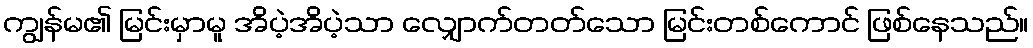
ကျွန်မ၏ မြင်းမှာမူ အိပဲ့အိပဲ့သာ လျှောက်တတ်သော မြင်းတစ်ကောင် ဖြစ်နေသည်။